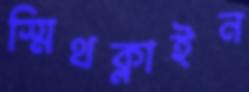
স্মিথক্লাইন